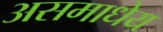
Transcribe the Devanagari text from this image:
असमाधेय